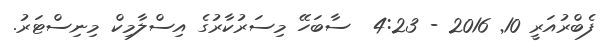
ފެބްރުއަރީ 10